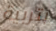
بتربية